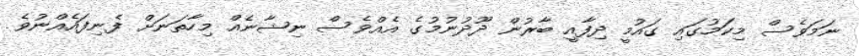
ނަމަވެސް މިކަމުގައި ގައުމީ ދިފާއީ ބާރުން ދޫދުނުމުގެ އެއްވެސް ނިޝާނެއް މިހާތަނަށް ފެނިފައެއްނުވެ